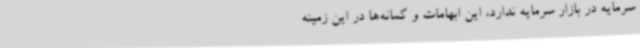
سرمایه در بازار سرمایه ندارد، این ابهامات و گمانه‌ها در این زمینه